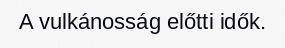
A vulkánosság előtti idők.